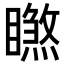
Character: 𥋧